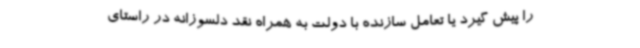
را پیش گیرد یا تعامل سازنده با دولت به همراه نقد دلسوزانه در راستای